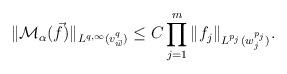
LaTeX: \begin{align*} \|\mathcal{M}_{\alpha}(\vec{f})\|_{L^{q,\infty}(v_{\vec{w}}^{q})} &\le C \prod_{j=1}^{m}\|f_{j}\|_{L^{p_{j}}(w_{j}^{p_{j}})}.\end{align*}